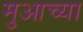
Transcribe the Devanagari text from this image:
मुआच्या